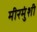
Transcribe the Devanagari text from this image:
मीरमुंशी